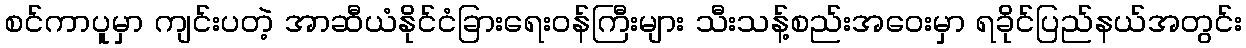
စင်ကာပူမှာ ကျင်းပတဲ့ အာဆီယံနိုင်ငံခြားရေးဝန်ကြီးများ သီးသန့်စည်းအဝေးမှာ ရခိုင်ပြည်နယ်အတွင်း